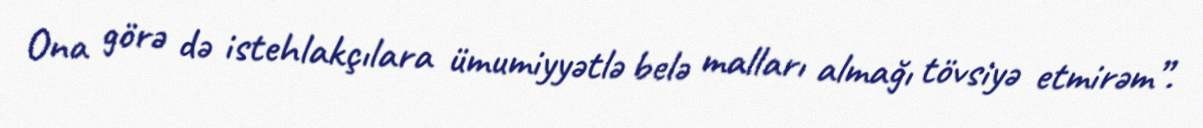
Ona görə də istehlakçılara ümumiyyətlə belə malları almağı tövsiyə etmirəm”.